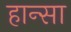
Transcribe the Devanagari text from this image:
हान्सा